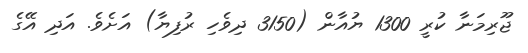
ޖޫރިމަނާ ކުރީ 1300 ޔުއާން (3150 ދިވެހި ރުފިޔާ) އަށެވެ. އަދި އޭގެ